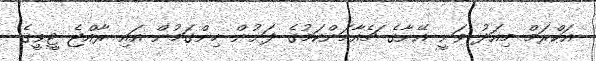
އަކްރަމް މިއަދު ވަނީ އޭނާގެ ޗެއާމަންކަމުގެ ދަށުން ހިންގަމުން އައި ރާއްޖެ ޓީވީގެ